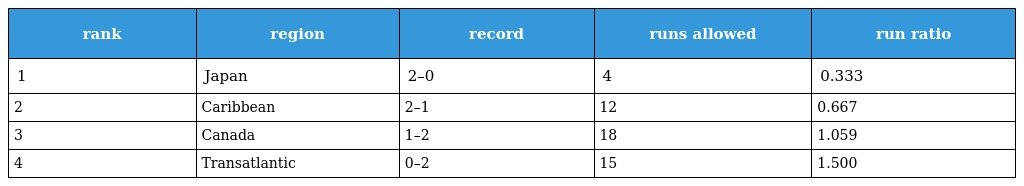
| rank | region | record | runs allowed | run ratio |
 | --- | --- | --- | --- | --- |
 | 1 | Japan | 2–0 | 4 | 0.333 |
 | 2 | Caribbean | 2–1 | 12 | 0.667 |
 | 3 | Canada | 1–2 | 18 | 1.059 |
 | 4 | Transatlantic | 0–2 | 15 | 1.500 |